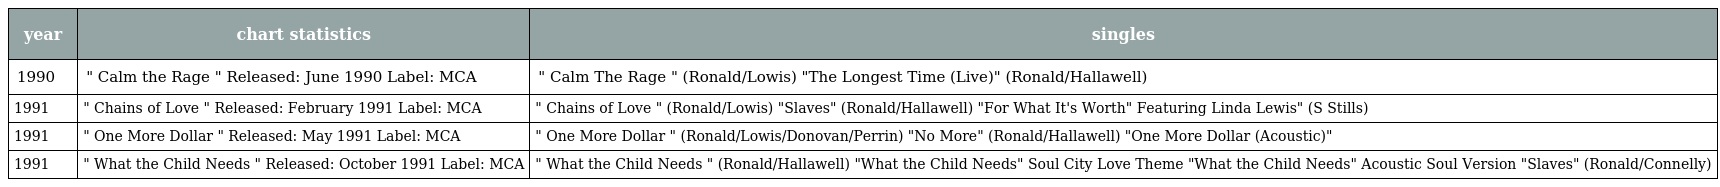
| year | chart statistics | singles |
 | --- | --- | --- |
 | 1990 | " Calm the Rage " Released: June 1990 Label: MCA | " Calm The Rage " (Ronald/Lowis) "The Longest Time (Live)" (Ronald/Hallawell) |
 | 1991 | " Chains of Love " Released: February 1991 Label: MCA | " Chains of Love " (Ronald/Lowis) "Slaves" (Ronald/Hallawell) "For What It's Worth" Featuring Linda Lewis" (S Stills) |
 | 1991 | " One More Dollar " Released: May 1991 Label: MCA | " One More Dollar " (Ronald/Lowis/Donovan/Perrin) "No More" (Ronald/Hallawell) "One More Dollar (Acoustic)" |
 | 1991 | " What the Child Needs " Released: October 1991 Label: MCA | " What the Child Needs " (Ronald/Hallawell) "What the Child Needs" Soul City Love Theme "What the Child Needs" Acoustic Soul Version "Slaves" (Ronald/Connelly) |